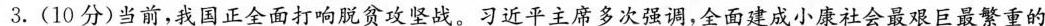
3. (10分)当前，我国正全面打响脱贫攻坚战。习近平主席多次强调，全面建成小康社会最艰巨最繁重的